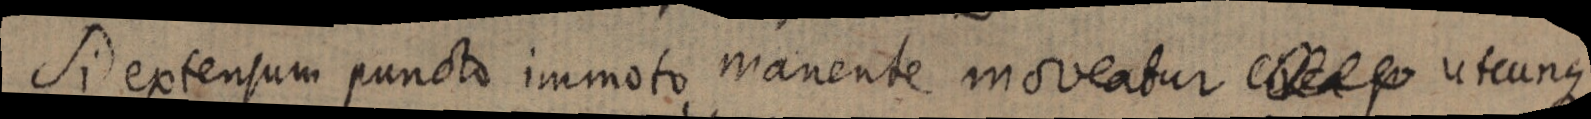
Si extensum puncto immoto manente moveatur utcunque